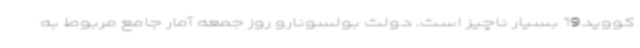
کووید19 بسیار ناچیز است. دولت بولسونارو روز جمعه آمار جامع مربوط به